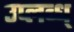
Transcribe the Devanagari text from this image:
उप्लब्ध्